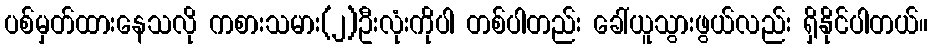
ပစ်မှတ်ထားနေသလို ကစားသမား(၂)ဦးလုံးကိုပါ တစ်ပါတည်း ခေါ်ယူသွားဖွယ်လည်း ရှိနိုင်ပါတယ်။